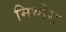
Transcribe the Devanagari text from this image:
मिथोस